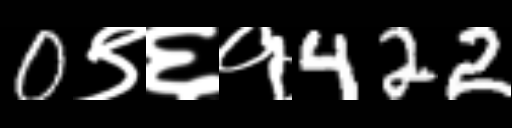
Text: 0९६१422